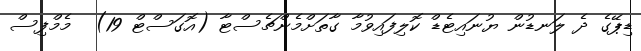
ޑިޕޭގެ ދެ ލަނޑުން ޔުނައިޓެޑް ކޮލިފައިވުމާ ގާތަށްމެންޗެސްޓާ (އޮގަސްޓް 19)  މެމްފިސް